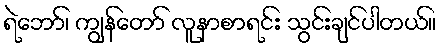
ရဲဘော်၊ ကျွန်တော် လူနာစာရင်း သွင်းချင်ပါတယ်။